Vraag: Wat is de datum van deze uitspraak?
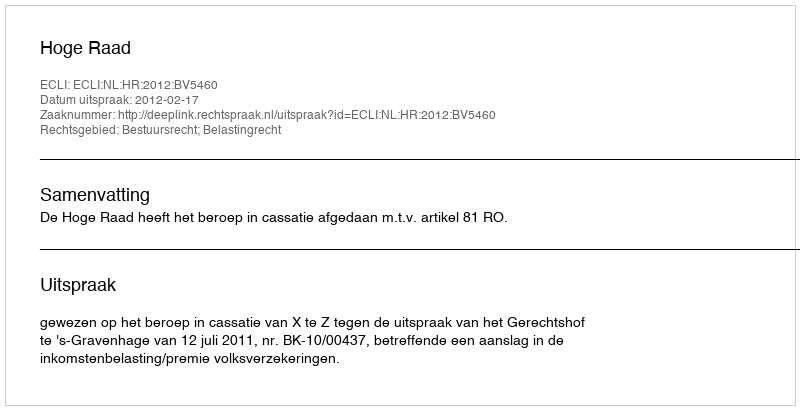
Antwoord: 2012-02-17